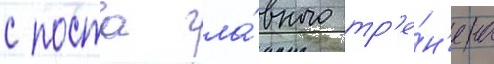
с поста гла́вного тр'е́н'ера